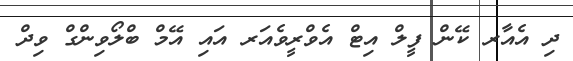
ދި އެއާރ ކޭން ފީލް އިޓް އެވްރީވެއަރ އައި އޭމް ބްލޯވިންގް ވިދް